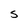
Character: S